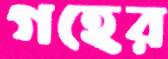
গহের